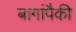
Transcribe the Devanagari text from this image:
बागांपैकी